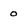
Character: 0